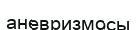
аневризмосы